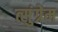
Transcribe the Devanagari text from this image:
त्सुंग्रेम